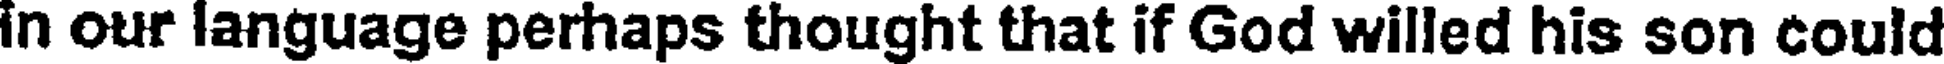
in our language perhaps thought that if God willed his son could